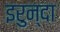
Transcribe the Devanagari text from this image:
इरुन्दा